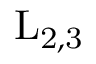
\mathrm { L _ { 2 , 3 } }